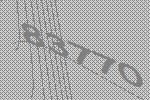
83770